Vaccination in Bombay 1856-1862 - 1856-1862
Year: 1856
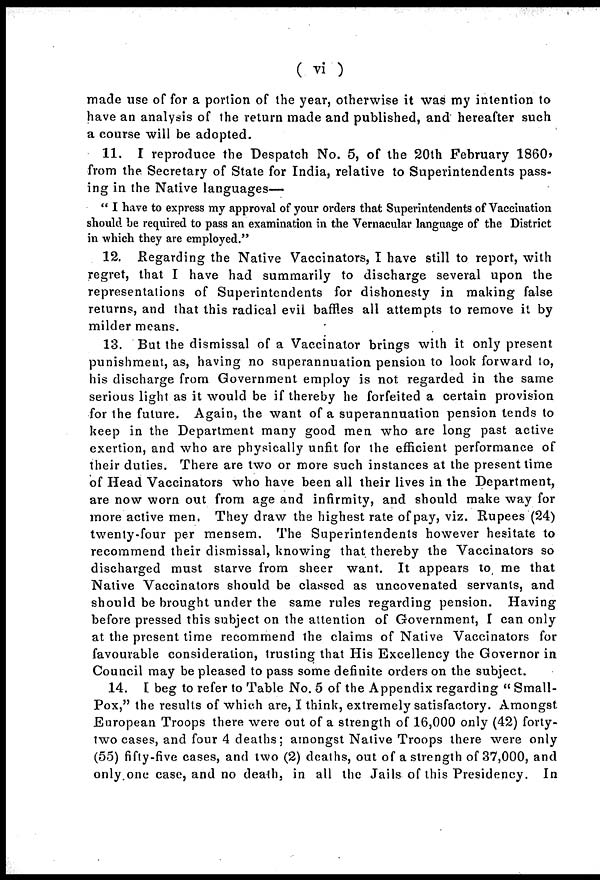
( vi )
made use of for a portion of the year, otherwise it was my intention to
have an analysis of the return made and published, and hereafter such
a course will be adopted.
11. I reproduce the Despatch No. 5, of the 20th February 1860,
from the Secretary of State for India, relative to Superintendents pass-
ing in the Native languages—
" I have to express my approval of your orders that Superintendents of Vaccination
should be required to pass an examination in the Vernacular language of the District
in which they are employed."
12. Regarding the Native Vaccinators, I have still to report, with
regret, that I have had summarily to discharge several upon the
representations of Superintendents for dishonesty in making false
returns, and that this radical evil baffles all attempts to remove it by
milder means.
13. But the dismissal of a Vaccinator brings with it only present
punishment, as, having no superannuation pension to look forward to,
his discharge from Government employ is not regarded in the same
serious light as it would be if thereby he forfeited a certain provision
for the future. Again, the want of a superannuation pension tends to
keep in the Department many good men who are long past active
exertion, and who are physically unfit for the efficient performance of
their duties. There are two or more such instances at the present time
of Head Vaccinators who have been all their lives in the Department,
are now worn out from age and infirmity, and should make way for
more active men, They draw the highest rate of pay, viz. Rupees (24)
twenty-four per mensem. The Superintendents however hesitate to
recommend their dismissal, knowing that thereby the Vaccinators so
discharged must starve from sheer want. It appears to, me that
Native Vaccinators should be classed as uncovenated servants, and
should be brought under the same rules regarding pension. Having
before pressed this subject on the attention of Government, I can only
at the present time recommend the claims of Native Vaccinators for
favourable consideration, trusting that His Excellency the Governor in
Council may be pleased to pass some definite orders on the subject.
14. I beg to refer to Table No. 5 of the Appendix regarding " Small-
Pox," the results of which are, I think, extremely satisfactory. Amongst
European Troops there were out of a strength of 16,000 only (42) forty-
two cases, and four 4 deaths; amongst Native Troops there were only
(55) fifty-five cases, and two (2) deaths, out of a strength of 37,000, and
only one case, and no death, in all the Jails of this Presidency. In